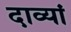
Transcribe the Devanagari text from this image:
दाव्यां